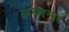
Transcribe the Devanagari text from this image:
दुरमोहम्मद